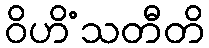
ဝိဟိံသတီတိ